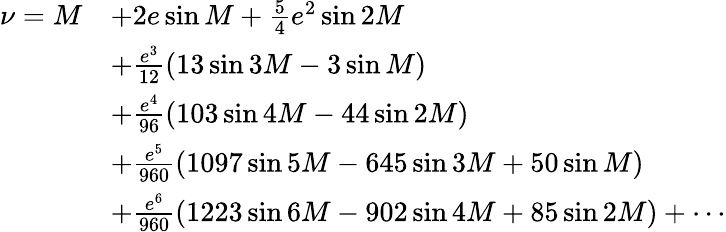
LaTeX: {\begin{array}{rl}{\nu=M}&{+2e\sin M+{\frac{5}{4}}e^{2}\sin 2M}\\ &{+{\frac{e^{3}}{12}}(13\sin 3M-3\sin M)}\\ &{+{\frac{e^{4}}{96}}(103\sin 4M-44\sin 2M)}\\ &{+{\frac{e^{5}}{960}}(1097\sin 5M-645\sin 3M+50\sin M)}\\ &{+{\frac{e^{6}}{960}}(1223\sin 6M-902\sin 4M+85\sin 2M)+\cdots}\end{array}}